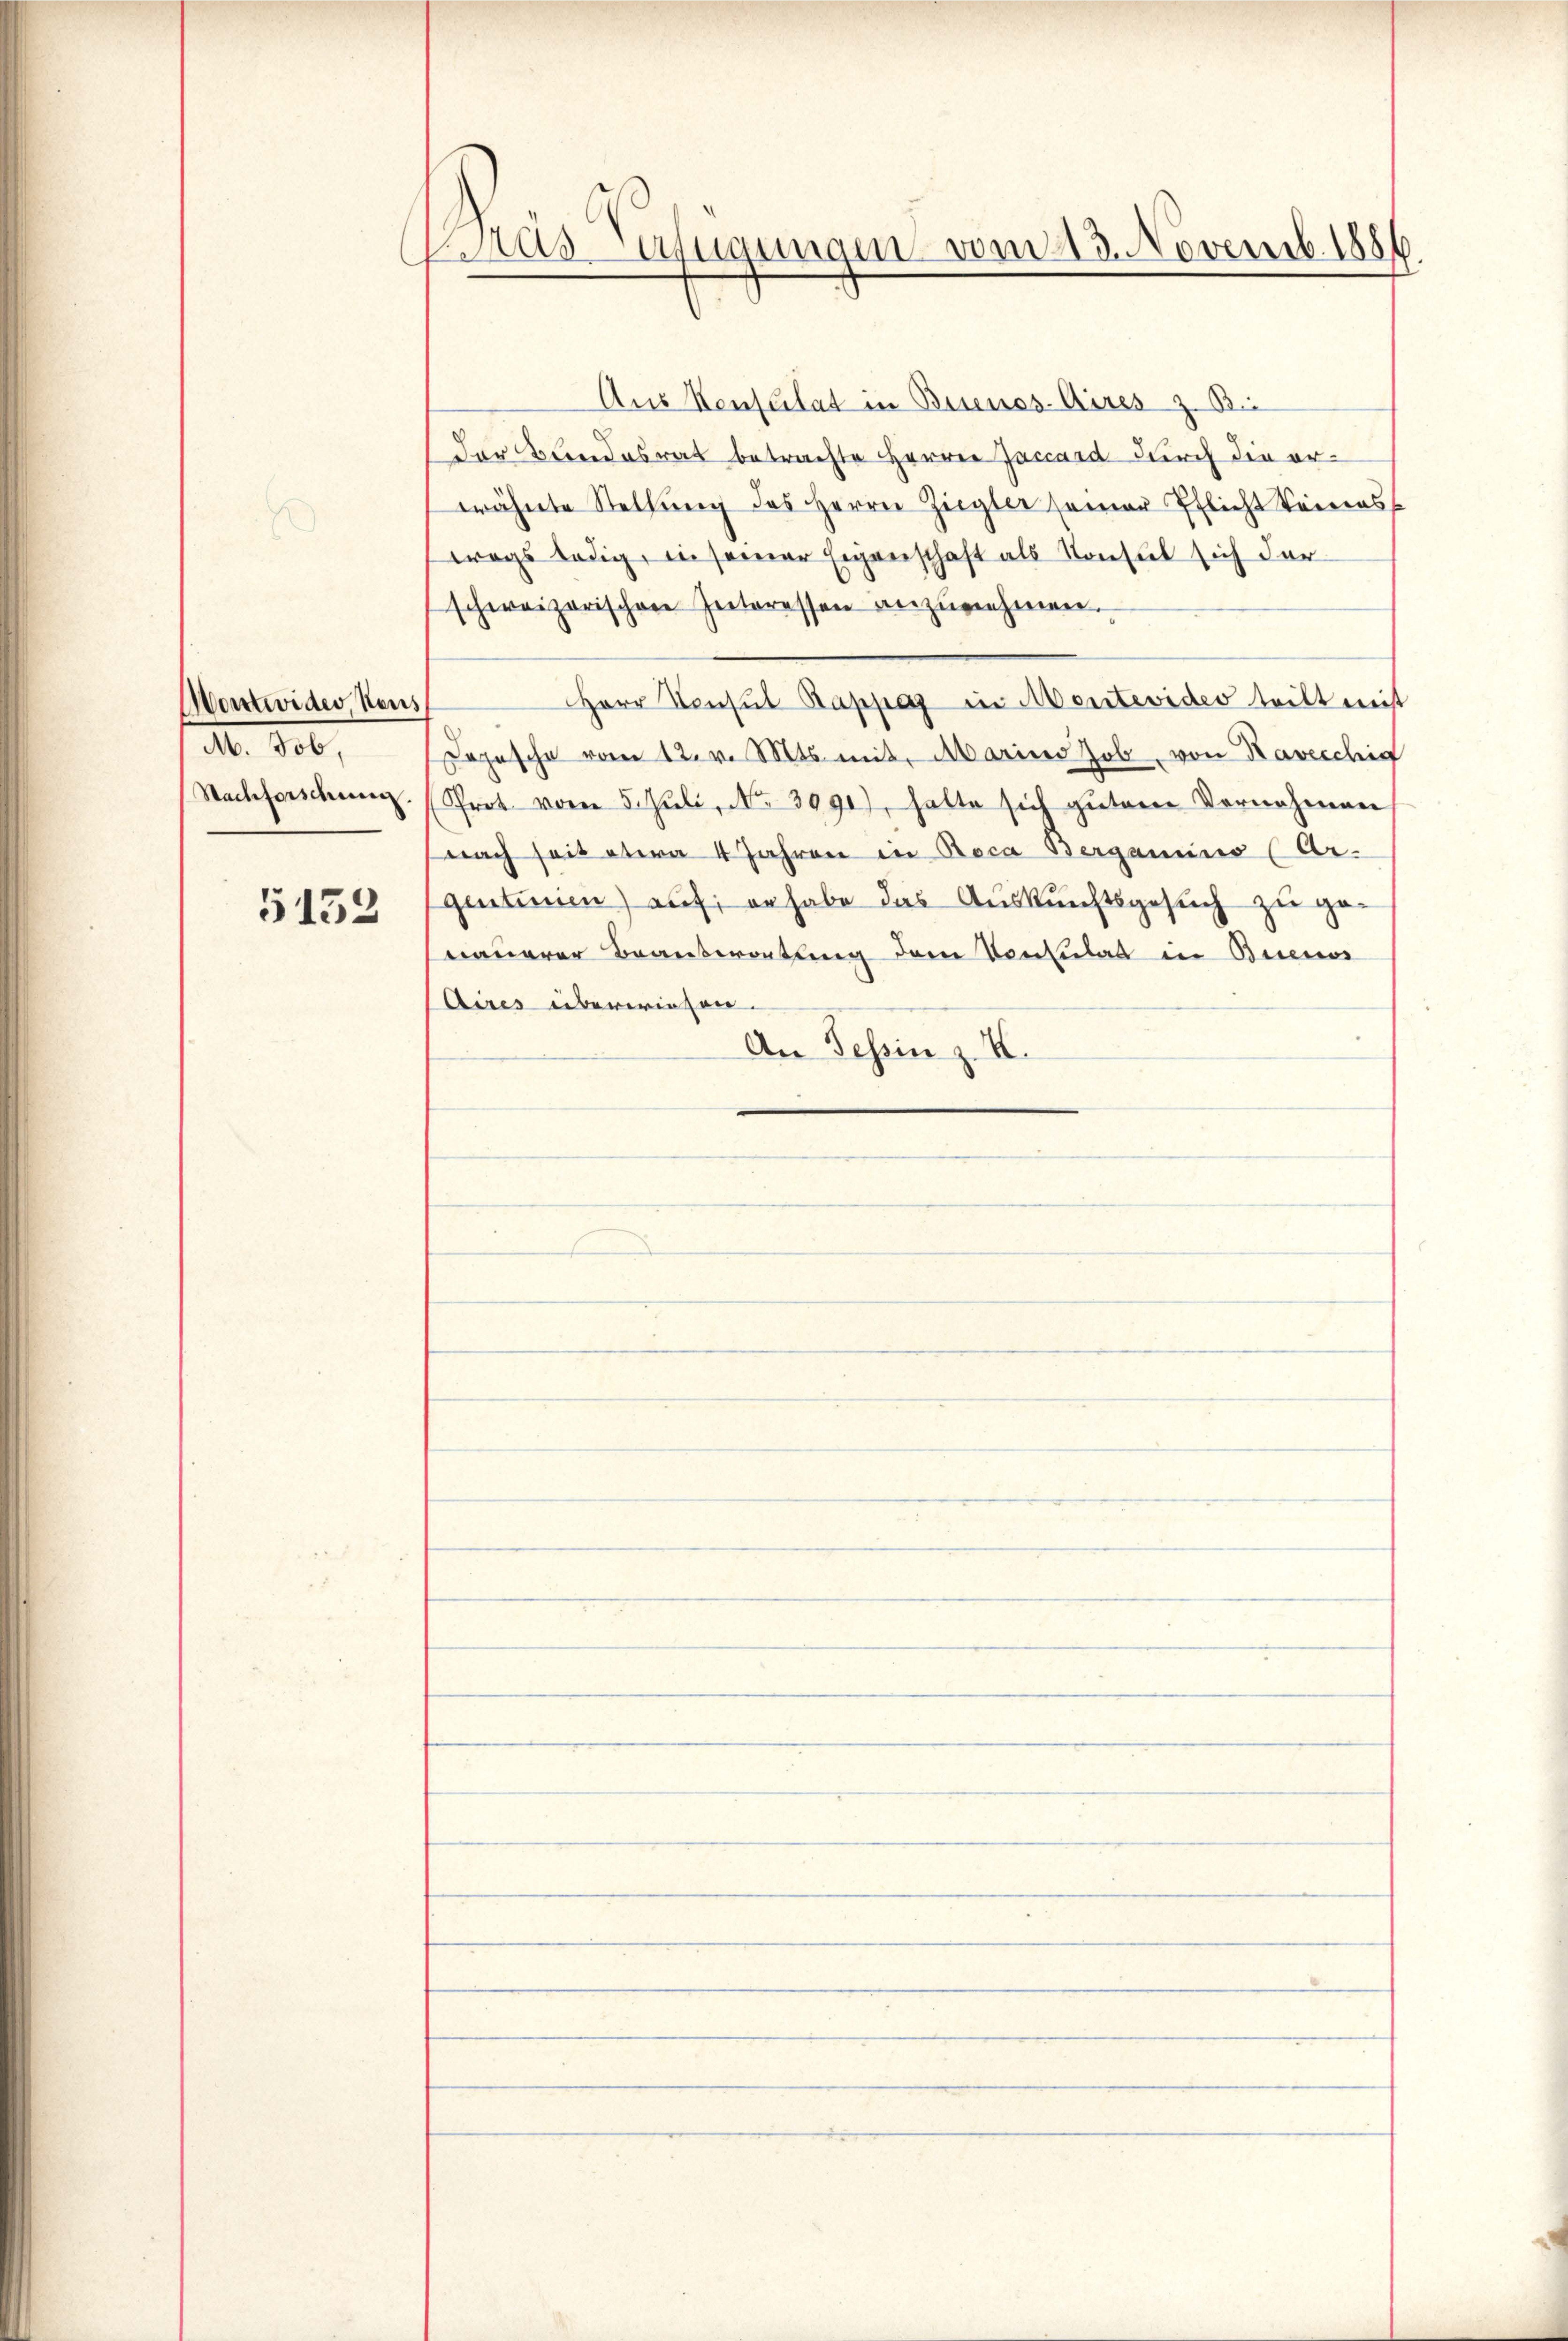
Mortwider, Heus
M. 100,
Nachforschweiz.

5152

Mas- erfügungen vom 23. Novemb. 1886
.

Aus Konsulat in Buenos-Aires z. B.
der Bundesrat betrachte Herrn Jaccard durch die orwähnte Stellŭng des Herrn Ziegler seiner Pflicht keines
wegs ledig, in seiner Eigenschaft als Konsul sich der
schweizerischen Zeiteressen anzunehmen.
Herr Konsul Rappaz in Montevideo teilt mit
Dojesche vom 12. v. Mts. mit Marina Job von Kavecchig
Prot vom 5. Juli, No 3990), hatte sich gutem Vernehmen
(nach seit etwa 4 Jahren in Reca Berganius (Ar-
gentinien) auf; er habe das Auskunftsgesuch zu genauerer Beantwortung dem Konsulat in Buenos
Aires überwiesen.
An Tessin z. B.